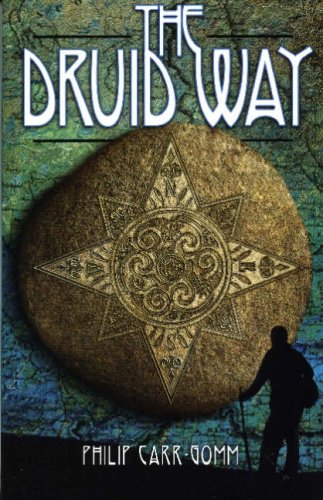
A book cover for The Druid Way: A Journey Through an Ancient Landscape; Philip Carr-Gomm; Religion & Spirituality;